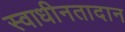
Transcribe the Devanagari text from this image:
स्वाधीनतादान